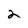
Character: 2